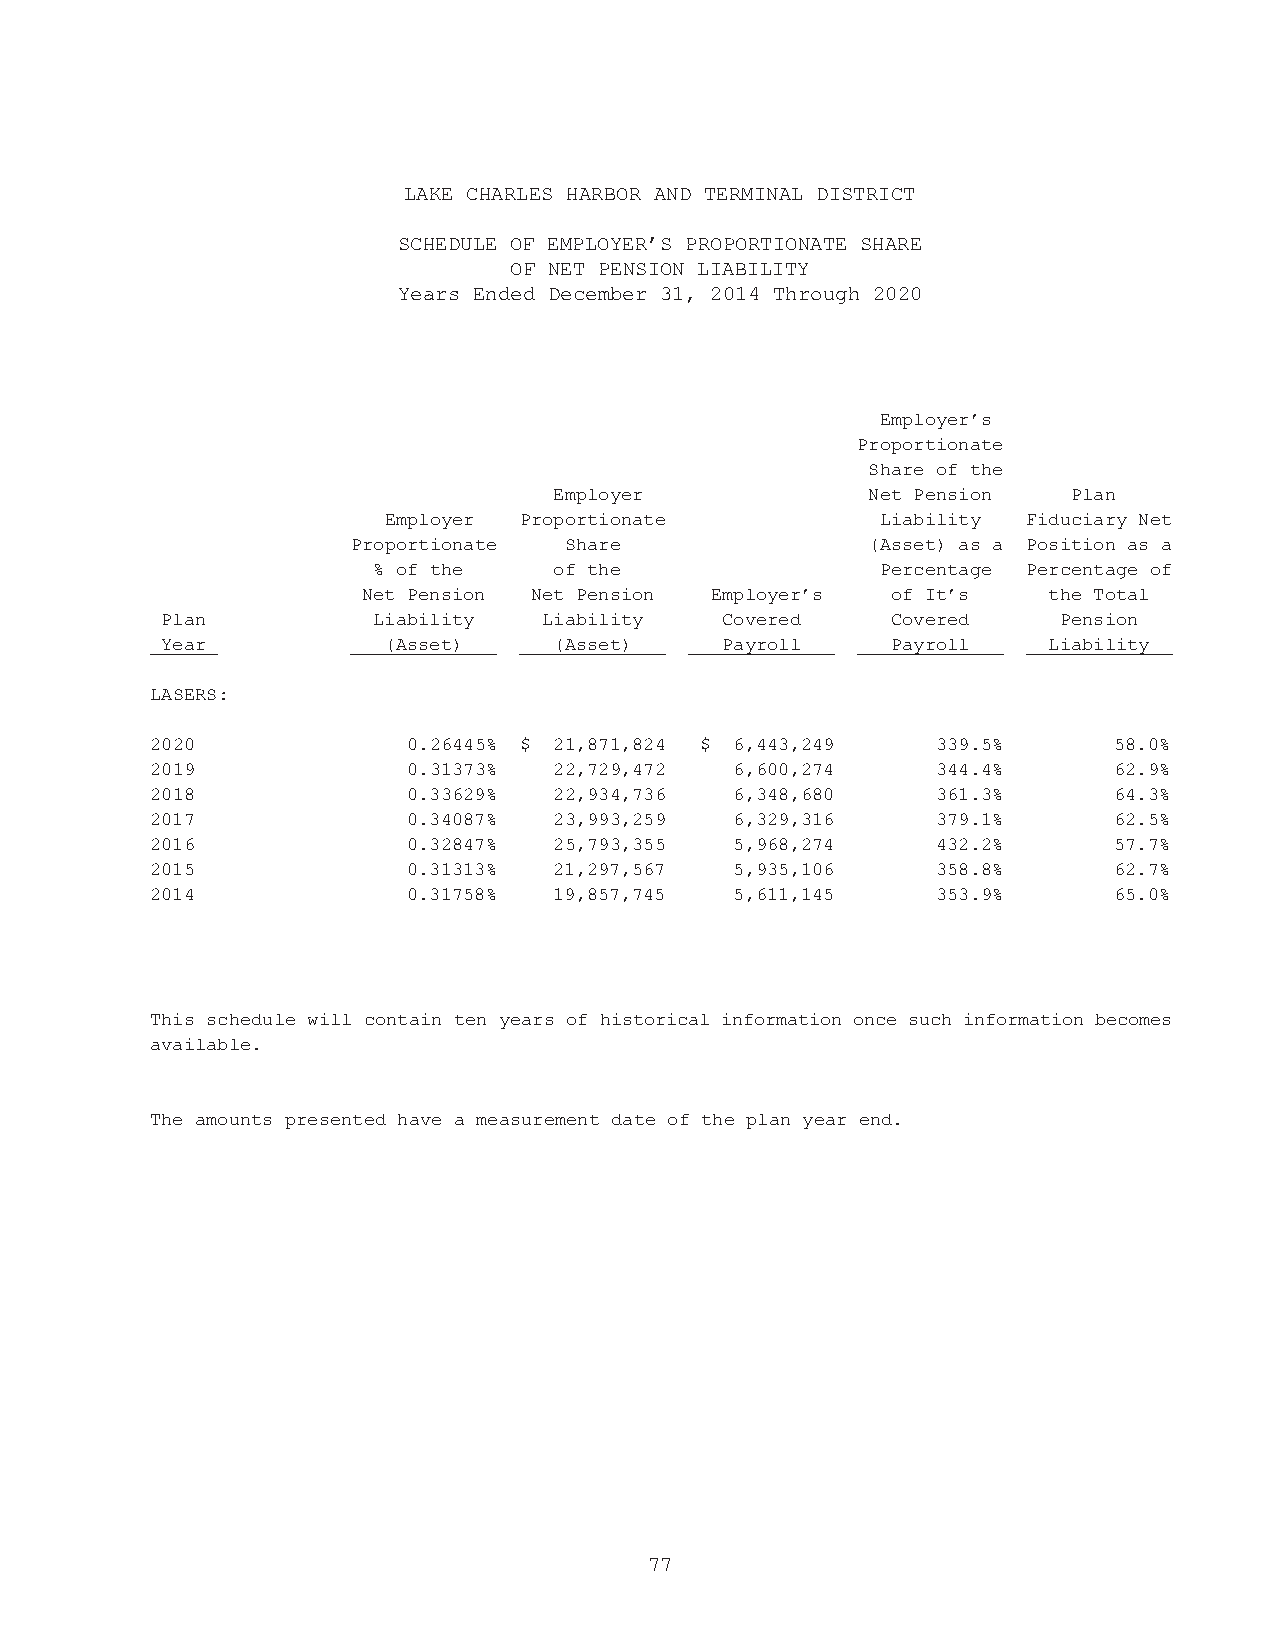
LAKE CHARLES HARBOR AND TERMINAL DISTRICT
 SCHEDULE OF EMPLOYER’S PROPORTIONATE SHARE
 OF NET PENSION LIABILITY
 Years Ended December 31, 2014 Through 2020
 Employer’s
 Proportionate
 Share of the
 Employer            Net Pension   Plan
 Employer Proportionate           Liability Fiduciary Net
 Proportionate Share               (Asset) as a Position as a
 % of the    of the               Percentage Percentage of
 Net Pension Net Pension Employer’s of It’s   the Total
 Plan          Liability  Liability   Covered    Covered    Pension
 Year          (Asset)     (Asset)    Payroll    Payroll   Liability
 LASERS:
 2020             0.26445% $ 21,871,824 $ 6,443,249  339.5%      58.0%
 2019             0.31373%  22,729,472  6,600,274    344.4%      62.9%
 2018             0.33629%  22,934,736  6,348,680    361.3%      64.3%
 2017             0.34087%  23,993,259  6,329,316    379.1%      62.5%
 2016             0.32847%  25,793,355  5,968,274    432.2%      57.7%
 2015             0.31313%  21,297,567  5,935,106    358.8%      62.7%
 2014             0.31758%  19,857,745  5,611,145    353.9%      65.0%
 This schedule will contain ten years of historical information once such information becomes
 available.
 The amounts presented have a measurement date of the plan year end.
 77